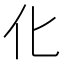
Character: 化